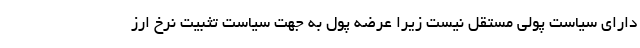
دارای سیاست پولی مستقل نیست زیرا عرضه پول به جهت سیاست تثبیت نرخ ارز